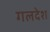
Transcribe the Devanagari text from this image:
गलदेश